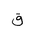
Letter: _qaf